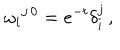
\omega _ { i } { } ^ { j \, 0 } = e ^ { - t } \delta _ { i } ^ { j } \, ,